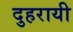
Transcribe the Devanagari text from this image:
दुहरायी